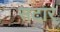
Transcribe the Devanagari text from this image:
सटार्